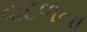
વાદળના